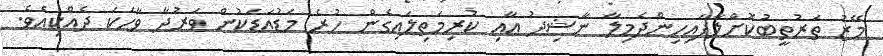
މޭޒު ތަރުތީބުކޮށްލާފައިހިންދެމިލާ ނާޝިދު އާއި ކުރިމަތިލައިގެން ހުރެ މަޑުއަޑަކުން ވަރުދާ ވާހަކަ ދެއްކިއެވެ.